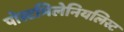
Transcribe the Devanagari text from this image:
पोस्टमिलेनियलिस्ट